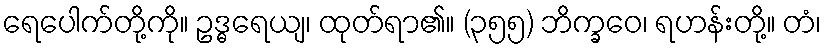
ရေပေါက်တို့ကို။ ဥဒ္ဓရေယျ၊ ထုတ်ရာ၏။ (၃၅၅) ဘိက္ခဝေ၊ ရဟန်းတို့။ တံ၊